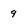
Character: 9